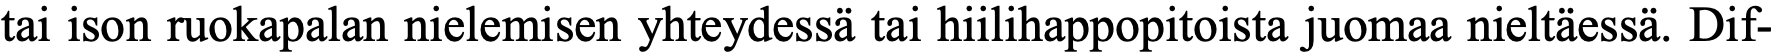
tai ison ruokapalan nielemisen yhteydessä tai hiilihappopitoista juomaa nieltäessä. Dif-